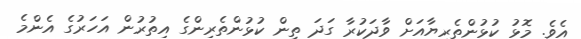
އެވެ. މޮޅު ކުޅުންތެރިޔާއަށް ވާދަކުރާ ގަދަ ތިން ކުޅުންތެރިންގެ އިތުރުން އަހަރުގެ އެންމެ